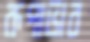
রূপাভাব